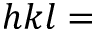
h k l =